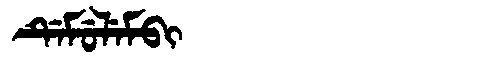
Manchu: ᡩᡝᠮᡠᠯᡝᠮᠪᡳ
Romanization: DEMULEMBI